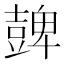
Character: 𧯿